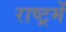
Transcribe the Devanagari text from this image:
राष्ट्रमें